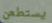
يستطعن